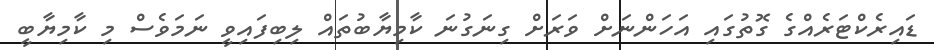
ޑައިރެކްޓަރެއްގެ ގޮތުގައި އަހަންނަށް ވަރަށް ގިނަގުނަ ކާމިޔާބުތައް ލިބިފައިވީ ނަމަވެސް މި ކާމިޔާބީ